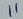
Text: 11